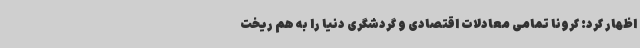
اظهار کرد: کرونا تمامی معادلات اقتصادی و گردشگری دنیا را به هم ریخت